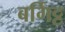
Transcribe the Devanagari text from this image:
बर्गिट्ट